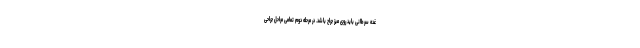
غده سرطانی باید روی میز جراح باشد. در مرحله دوم تمامی مراحل جراحی